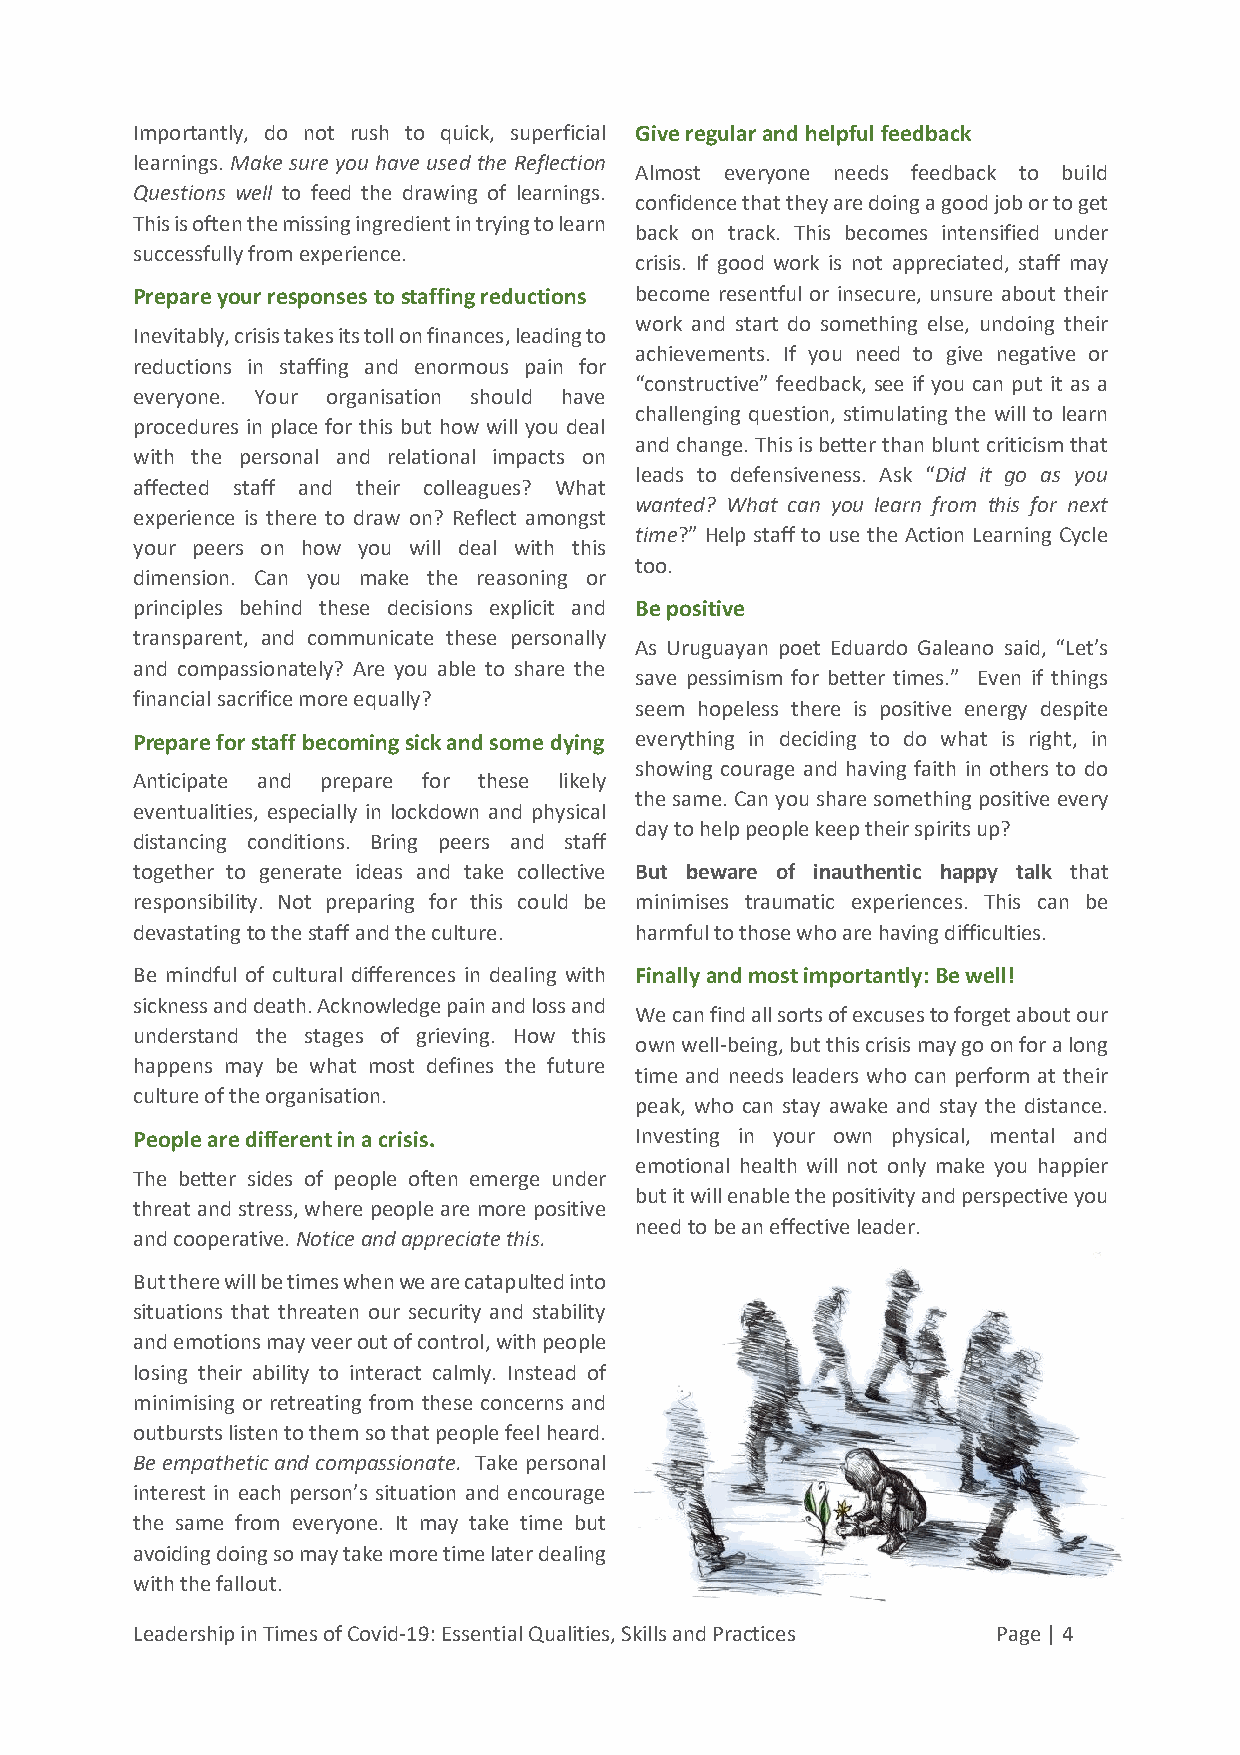
Importantly, do not rush to quick, superficial Give regular and helpful feedback
 learnings. Make sure you have used the Reflection
 Almost everyone needs feedback to build
 Questions well to feed the drawing of learnings.
 confidence that they are doing a good job or to get
 This is often the missing ingredient in trying to learn
 back on track. This becomes intensified under
 successfully from experience.
 crisis. If good work is not appreciated, staff may
 Prepare your responses to staffing reductions become resentful or insecure, unsure about their
 work and start do something else, undoing their
 Inevitably, crisis takes its toll on finances, leading to
 achievements. If you need to give negative or
 reductions in staffing and enormous pain for
 “constructive” feedback, see if you can put it as a
 everyone. Your organisation should have
 challenging question, stimulating the will to learn
 procedures in place for this but how will you deal
 and change. This is better than blunt criticism that
 with the personal and relational impacts on
 leads to defensiveness. Ask “Did it go as you
 affected staff and their colleagues? What
 wanted? What can you learn from this for next
 experience is there to draw on? Reflect amongst
 time?” Help staff to use the Action Learning Cycle
 your peers on how you will deal with this
 too.
 dimension. Can you make the reasoning or
 principles behind these decisions explicit and Be positive
 transparent, and communicate these personally
 As Uruguayan poet Eduardo Galeano said, “Let’s
 and compassionately? Are you able to share the
 save pessimism for better times.” Even if things
 financial sacrifice more equally?
 seem hopeless there is positive energy despite
 Prepare for staff becoming sick and some dying everything in deciding to do what is right, in
 showing courage and having faith in others to do
 Anticipate and prepare for these likely
 the same. Can you share something positive every
 eventualities, especially in lockdown and physical
 day to help people keep their spirits up?
 distancing conditions. Bring peers and staff
 together to generate ideas and take collective But beware of inauthentic happy talk that
 responsibility. Not preparing for this could be minimises traumatic experiences. This can be
 devastating to the staff and the culture. harmful to those who are having difficulties.
 Be mindful of cultural differences in dealing with Finally and most importantly: Be well!
 sickness and death. Acknowledge pain and loss and
 We can find all sorts of excuses to forget about our
 understand the stages of grieving. How this
 own well-being, but this crisis may go on for a long
 happens may be what most defines the future
 time and needs leaders who can perform at their
 culture of the organisation.
 peak, who can stay awake and stay the distance.
 People are different in a crisis. Investing in your own physical, mental and
 emotional health will not only make you happier
 The better sides of people often emerge under
 but it will enable the positivity and perspective you
 threat and stress, where people are more positive
 need to be an effective leader.
 and cooperative. Notice and appreciate this.
 But there will be times when we are catapulted into
 situations that threaten our security and stability
 and emotions may veer out of control, with people
 losing their ability to interact calmly. Instead of
 minimising or retreating from these concerns and
 outbursts listen to them so that people feel heard.
 Be empathetic and compassionate. Take personal
 interest in each person’s situation and encourage
 the same from everyone. It may take time but
 avoiding doing so may take more time later dealing
 with the fallout.
 Leadership in Times of Covid-19: Essential Qualities, Skills and Practices Page | 4